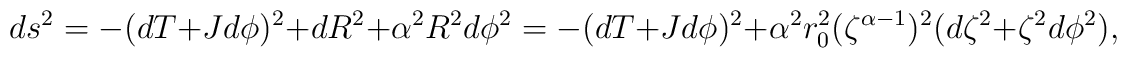
ds^2 = -(dT+Jd\phi)^2 + dR^2 + \alpha^2 R^2 d\phi^2 = -(dT+Jd\phi)^2 + \alpha^2 r_0^2 (\zeta^{\alpha-1})^2 (d\zeta^2 + \zeta^2 d\phi^2),